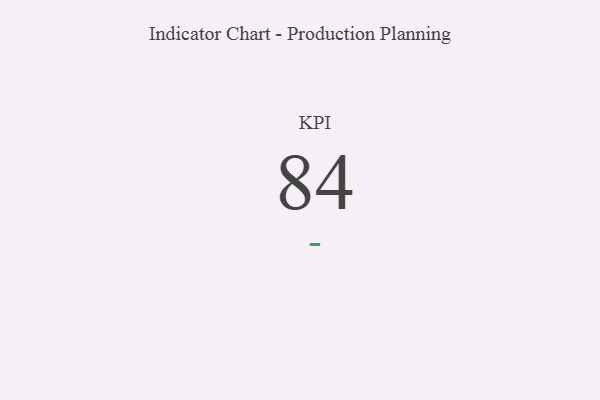
{"axis": {"x": "KPI", "y": "Value"}, "legend": [""], "data": [{"x": "KPI", "y": 84, "type": ""}]}